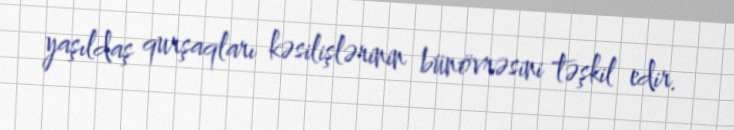
yaşıldaş qurşaqları kəsilişlərinin bünövrəsini təşkil edir.